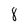
Character: 8